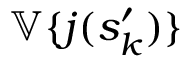
\mathbb { V } \{ j ( s _ { k } ^ { \prime } ) \}